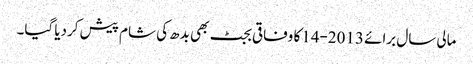
مالی سال برائے 2013-14کا وفاقی بجٹ بھی بدھ کی شام پیش کردیا گیا۔